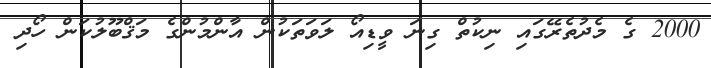
2000 ގެ މެދުތެރޭގައި ނިކުތް ގިނަ ވީޑިއޯ ލަވަތަކުން އާންމުންގެ މަޤްބޫލުކަން ހޯދި